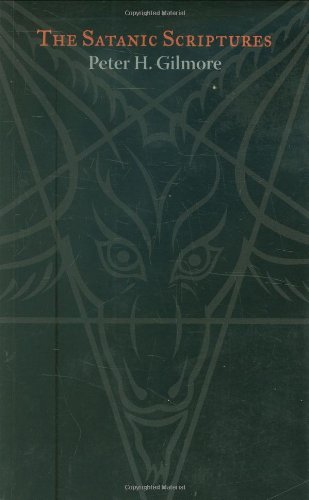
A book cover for The Satanic Scriptures; Peter H. Gilmore; Religion & Spirituality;